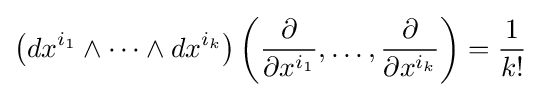
\left(dx^{i_{1}}\wedge \cdots \wedge dx^{i_{k}}\right)\left({\frac {\partial }{\partial x^{i_{1}}}},\ldots ,{\frac {\partial }{\partial x^{i_{k}}}}\right)={\frac {1}{k!}}